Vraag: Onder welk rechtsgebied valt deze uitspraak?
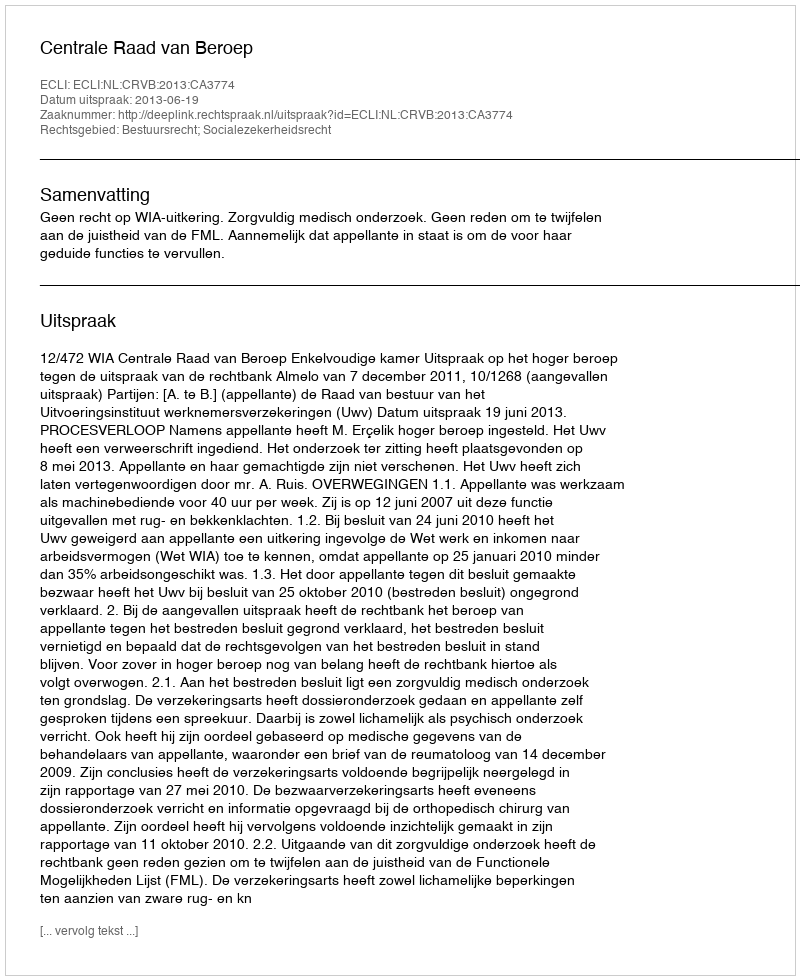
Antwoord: Bestuursrecht; Socialezekerheidsrecht